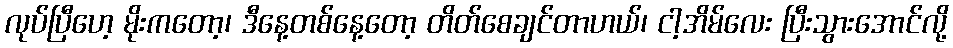
လုပ်ပြီဟေ့ မိုးကတော့၊ ဒီနေ့တစ်နေ့တော့ တိတ်စေချင်တာဟယ်၊ ငါ့အိမ်လေး ပြီးသွားအောင်လို့